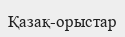
Қазақ-орыстар